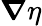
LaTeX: \boldsymbol{\nabla}\eta